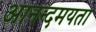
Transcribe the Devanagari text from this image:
आनन्दमयता